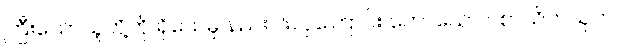
ကြီးသောသူတို့ကို ရိုသေမှု နည်းပါးလှကြောင်း ဟောသော ပစာယိကသုတ်